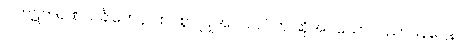
ပါကဋကရဏသင်္ခါတေန၊ ထင်စွာ ပြုအပ်သည်ဟု ဆိုအပ်သော။ ပညာပနဋ္ဌေန၊